Vaccination in Burma 1912-1922 - 1912-1922
Year: 1912
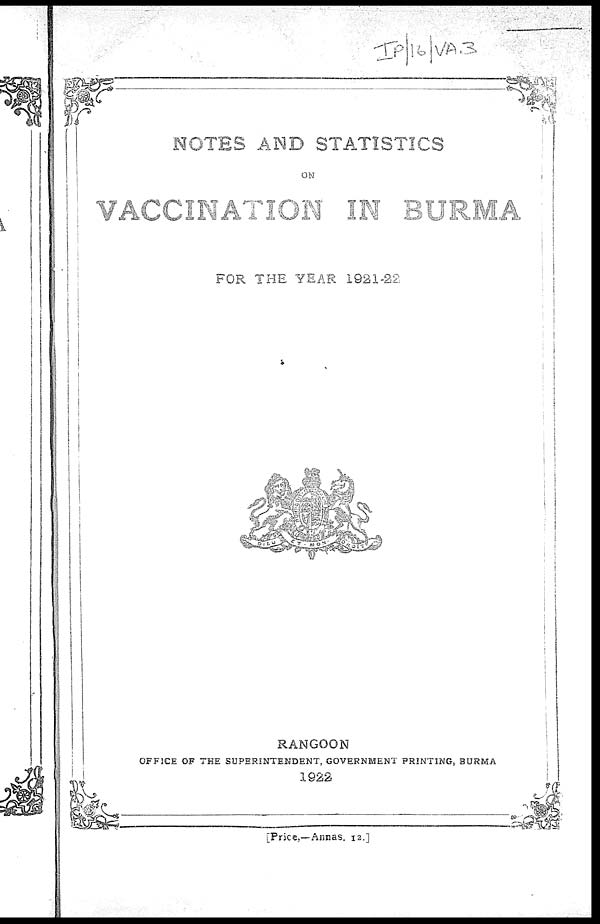
NOTES AND STATISTICS
ON
VACCINATION IN BURMA
FOR THE YEAR 1921-22
RANGOON
OFFICE OF THE SUPERINTENDENT, GOVERNMENT PRINTING, BURMA
1922
[Price,—Annas. 12.]